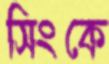
সিংকে